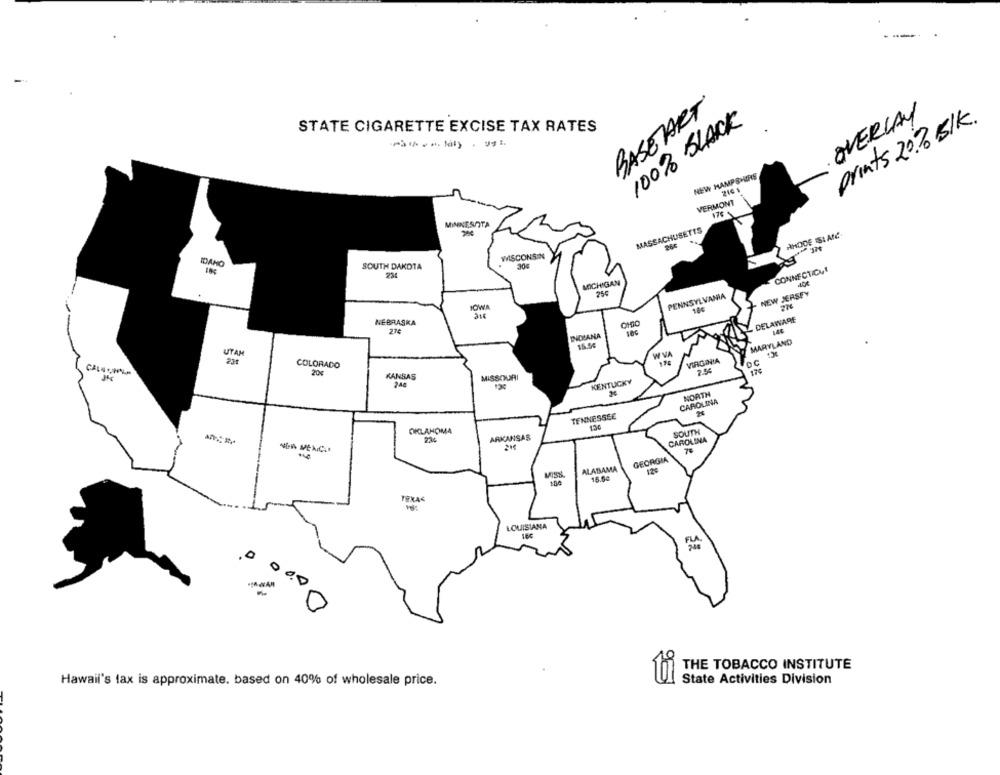
BASETART
OVERLAY
prints 2020 BlK.
100% BLACK
STATE CIGARETTE EXCISE TAX RATES
NEW HAMPSHIRE
216 1
VERMONT
MINNESOTA
MASSACHUSETTS
ANDDE ISLAM
WISCONSIN
IDAHO
SOUTH DAKOTA
30%
CONNECTICUI
MICHIGAN
PENNSYLVANIA
NEW JERSEY
IOWA
DELAWARE
NEBRASKA
INDIANA
MARYLAND
UTAH
W VA
235
COLORADO
VIRGINIA
20€
170
KANSAS
MISSOURI
KENTUCKY
NORTH
CAROLINA
TENNESSEE
130
OKLAHOMA
SOUTH
ARKANSAS
CAROLINA
GEORGIA
ALABAMA
12:
16.04
FRAG
LOUISIANA
THE TOBACCO INSTITUTE
Hawaii's tax is approximate. based on 40% of wholesale price.
State Activities Division